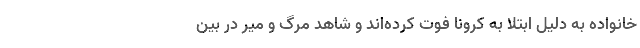
خانواده به دلیل ابتلا به کرونا فوت کرده‌اند و شاهد مرگ و میر در بین